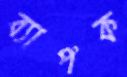
ব্যাপক